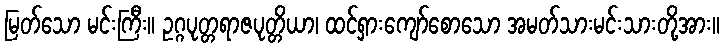
မြတ်သော မင်းကြီး။ ဥဂ္ဂပုတ္တရာဇပုတ္တိယာ၊ ထင်ရှားကျော်စောသော အမတ်သားမင်းသားတို့အား။